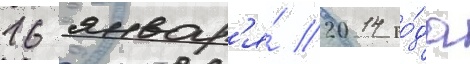
16 январ'я́ 2014 го́да